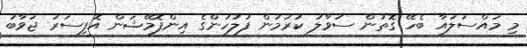
މި މައްސަލައާ ބެހޭ ގޮތުން ސުވާލު ކުރުމުން ފުލުހުންގެ އިންފޮމޭޝަން އޮފިސަރު ޖަވާބު